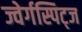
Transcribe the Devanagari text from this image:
ज्वेर्गस्पिट्ज